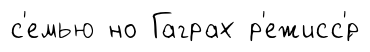
с'емью но Гаграх р'ежисс'́р